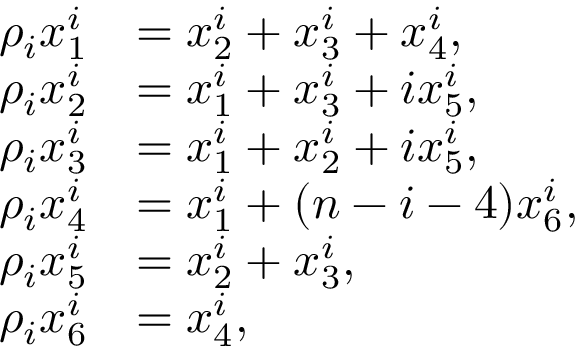
\begin{array} { r l } { \rho _ { i } x _ { 1 } ^ { i } } & { = x _ { 2 } ^ { i } + x _ { 3 } ^ { i } + x _ { 4 } ^ { i } , } \\ { \rho _ { i } x _ { 2 } ^ { i } } & { = x _ { 1 } ^ { i } + x _ { 3 } ^ { i } + i x _ { 5 } ^ { i } , } \\ { \rho _ { i } x _ { 3 } ^ { i } } & { = x _ { 1 } ^ { i } + x _ { 2 } ^ { i } + i x _ { 5 } ^ { i } , } \\ { \rho _ { i } x _ { 4 } ^ { i } } & { = x _ { 1 } ^ { i } + ( n - i - 4 ) x _ { 6 } ^ { i } , } \\ { \rho _ { i } x _ { 5 } ^ { i } } & { = x _ { 2 } ^ { i } + x _ { 3 } ^ { i } , } \\ { \rho _ { i } x _ { 6 } ^ { i } } & { = x _ { 4 } ^ { i } , } \end{array}